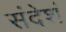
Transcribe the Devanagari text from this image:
संदेशं